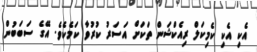
އެކި އެކި ކެމިކަލް ރިއެކްޝަން ތަކަށް އަސަރު ކުރުވާ ކަމެކެވެ. އޭގެ ސަބަބުން